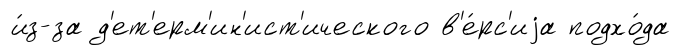
и́з-за д'ет'ерм'ин'ист'ического в'е́рс'иjа подхо́да